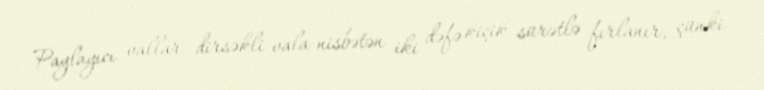
Paylayıcı vallar dirsəkli vala nisbətən iki dəfə kiçik sürətlə fırlanır, çünki